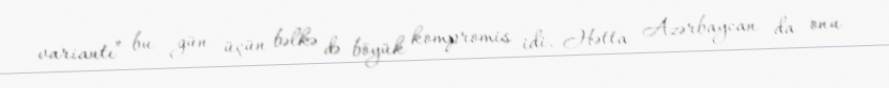
variantı” bu gün üçün bəlkə də böyük kompromis idi. Hətta Azərbaycan da onu